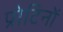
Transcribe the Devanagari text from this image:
प्रोटिनों